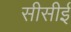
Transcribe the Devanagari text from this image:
सीसीई